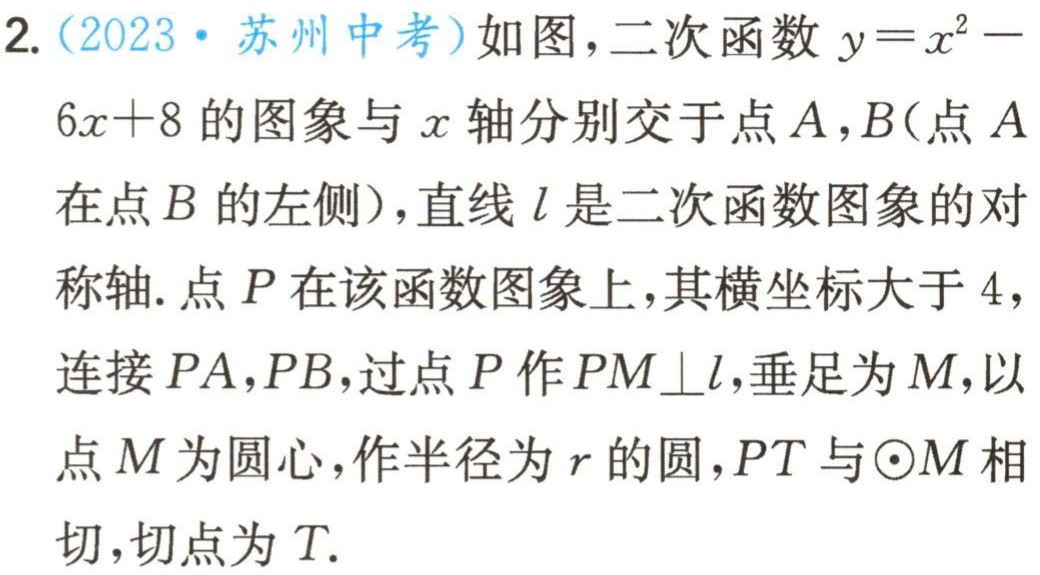
2.（2023·苏州中考）如图，二次函数\(y = x^{2}-6x + 8\)的图象与\(x\)轴分别交于点\(A\)，\(B\)（点\(A\)在点\(B\)的左侧），直线\(l\)是二次函数图象的对称轴. 点\(P\)在该函数图象上，其横坐标大于\(4\)，连接\(PA\)，\(PB\)，过点\(P\)作\(PM\perp l\)，垂足为\(M\)，以点\(M\)为圆心，作半径为\(r\)的圆，\(PT\)与\(\odot M\)相切，切点为\(T\).